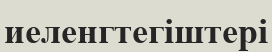
иеленгтегіштері